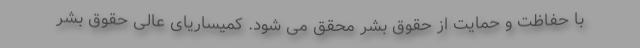
با حفاظت و حمایت از حقوق بشر محقق می شود. کمیساریای عالی حقوق بشر